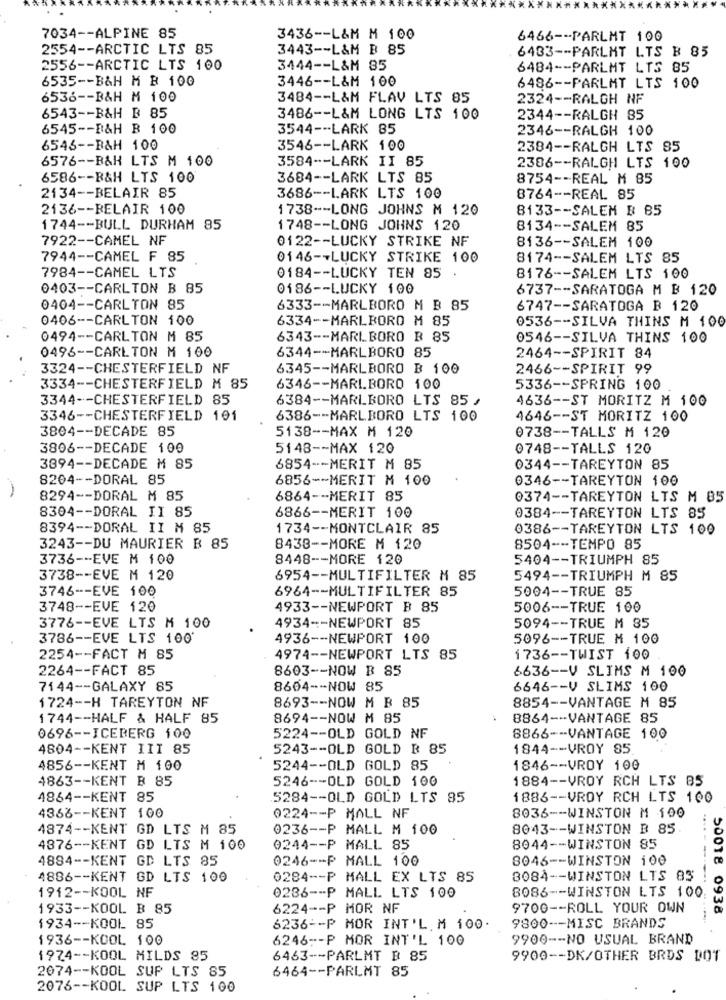
7034 -- ALPINE 85
3436 -- L&M M 100
6466 -- PARLMT 100
2554 -- ARCTIC LTS 85
3443 -- L&M B 85
6433 -- PARLMT LTS B 85
2556 -- ARCTIC LTS 100
3444 -- L&M 35
6484 -- PARLMT LTS 85
6535 -- B&H M B 100
3446 -- L&M 100
6486 -- PARLMT LTS 100
6536 -- B&H M 100
3484 -- L&M FLAV LTS 85
2324 -- RALGH NF
6543 -- B&H B 85
3486 -- L&M LONG LTS 100
2344 -- RALGH 85
6545 -- B&H B 100
3544 -- LARK 85
2346 -- RALGH 100
6546 -- B&H 100
3546 -- LARK 100
2384 -- RALGH LTS 85
6576 -- B&H LTS M 100
3584 -- LARK II 85
2386 -- RALGH LTS 100
6586 -- B&H LTS 100
3684 -- LARK LTS 85
8754 -- REAL M 85
2134 -- BELAIR 85
3686 -- LARK LTS 100
8764 -- REAL 85
2136 -- BELAIR 100
1738 -- LONG JOHNS M 120
8133 -- SALEM B 85
1744 -- BULL DURHAM 85
1748 -- LONG JOHNS 120
8134 -- SALEM 85
7922 -- CAMEL NF
0122 -- LUCKY STRIKE NF
8136 -- SALEM 100
7944 -- CAMEL F 85
0146 -- LUCKY STRIKE 100
8174 -- SALEM LTS 85
0184 -- LUCKY TEN 85
7984 -- CAMEL LTS
8176 -- SALEM LTS 100
0403 -- CARLTON B 85
0186 -- LUCKY 100
6737 -- SARATOGA M B 120
0404 -- CARLTON 85
6333 -- MARLBORO M B 85
6747 -- SARATOGA B 120
0406 -- CARLTON 100
6334 -- MARLBORO M 85
0536 -- SILVA THINS M 100
0494 -- CARLTON M 85
6343 -- MARLBORO B 85
0546 -- SILVA THINS 100
0496 -- CARLTON M 100
6344 -- MARLBORO 85
2464 -- SPIRIT 84
3324 -- CHESTERFIELD NF
6345 -- MARLBORO B 100
2466 -- SPIRIT 99
3334 -- CHESTERFIELD M 85
6346 -- MARLBORO 100
5336 -- SPRING 100
3344 -- CHESTERFIELD 85
6384 -- MARLBORO LTS 85 ,
4636 -- ST MORITZ M 100
3346 -- CHESTERFIELD 101
6386 -- MARLBORO LTS 100
4646 -- ST MORITZ 100
3804 -- DECADE 85
5138 -- MAX M 120
0738 -- TALLS M 120
3806 -- DECADE 100
5148 -- MAX 120
0748 -- TALLS 120
3894 -- DECADE M 85
6854 -- MERIT M 85
0344 -- TAREYTON 85
8204 -- DORAL 85
6856 -- MERIT M 100
0346 -- TAREYTON 100
8294 -- DORAL M 85
6864 -- MERIT 85
0374 -- TAREYTON LTS M 85
8304 -- DORAL II 85
6866 -- MERIT 100
0384 -- TAREYTON LTS 85
8394 -- DORAL II M 85
1734 -- MONTCLAIR 85
0386 -- TAREYTON LTS 100
3243 -- DU MAURIER B 85
8438 -- MORE M 120
8504 -- TEMPO 85
3736 -- EVE M 100
8448 -- MORE 120
5404 -- TRIUMPH 85
3738 -- EVE M 120
6954 -- MULTIFILTER M 85
5494 -- TRIUMPH M 85
3746 -- EVE 100
6964 -- MULTIFILTER 85
5004 -- TRUE 85
3748 -- EVE 120
4933 -- NEWPORT B 85
5006 -- TRUE 100
3776 -- EVE LTS M 100
4934 -- NEWPORT 85
5094 -- TRUE M 85
3786 -- EVE LTS 100'
4936 -- NEWPORT 100
5096 -- TRUE M 100
2254 -- FACT M 85
4974 -- NEWPORT LTS 85
1736 -- TWIST 100
2264 -- FACT 85
8603 -- NOW B 85
6636 -- V SLIMS M 100
7144 -- GALAXY 85
8604 -- NOW 85
6646 -- V SLIMS 100
1724 -- H TAREYTON NF
8693 -- NOW M B 85
8854 -- VANTAGE M 85
1744 -- HALF & HALF 85
8694 -- NOW M 85
8864 --- VANTAGE 85
0696 -- ICEBERG 100
5224 -- OLD GOLD NF
8866 -- VANTAGE 100
4804 -- KENT III 85
5243 -- OLD GOLD ฿ 85
1844 -- VROY 85
4856 -- KENT M 100
5244 -- OLD GOLD 85
1846 -- VROY 100
4863 -- KENT B 85
5246 -- OLD GOLD 100
1884 -- VROY RCH LTS BS
4864 -- KENT 85
5284 -- OLD GOLD LTS 85
1886 -- VROY RCH LTS 100
4368 -- KENT 100
8036 -- WINSTON M 100
0224 -- P MALL NF
4874 -- KENT GD LTS M 85
0236 -- P MALL M 100
8043 -- WINSTON B 85
.....
4876 -- KENT GD LTS M 100
0244 -- P MALL 85
8044 -- WINSTON 85
4884 -- KENT GD LTS 85
0246 -- P MALL 100
8046 -- WINSTON 100
--.
4886 -- KENT GD LTS 100
0284 -- P MALL EX LTS 85
8084 -- WINSTON LTS 83
1912 -- KOOL NF
8086 -- WINSTON LTS 100.
0286 -- P MALL LTS 100
1933 -- KOOL B 85
6224 -- P MOR NF
9700 -- ROLL YOUR OWN
50018 0938
1934 -- KOOL 85
6236 -- P MOR INT'L M 100.
9800 -- MISC BRANDS
1936 -- KOOL 100
6246 -- P MOR INT'L 100
9900 -- NO USUAL BRAND
1974 -- KOOL MILDS 85
6463 -- PARLMT B 85
9900 -- DK/OTHER BRDS DOT
2074 -- KOOL SUP LTS 85
6464 -- PARLMT 85
2076 -- KOOL SUP LTS 100